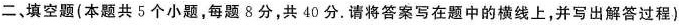
二、填空题(本题共5个小题，每题8分，共40分。请将答案写在题中的横线上，并写出解答过程)